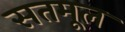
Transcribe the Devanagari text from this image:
सतमूल